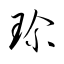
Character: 珎